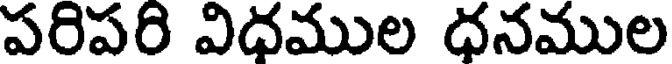
పరిపరి విధముల ధనముల